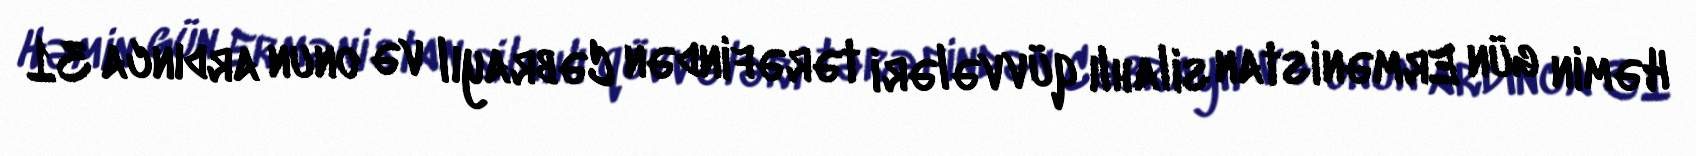
Həmin gün Ermənistan silahlı qüvvələri tərəfindən Cəbrayıl və onun ardınca 31